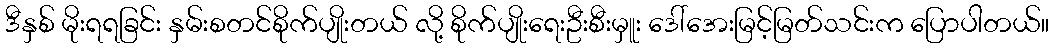
ဒီနှစ် မိုးရရခြင်း နှမ်းစတင်စိုက်ပျိုးတယ် လို့ စိုက်ပျိုးရေးဦးစီးမှူး ဒေါ်အေးမြင့်မြတ်သင်းက ပြောပါတယ်။